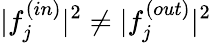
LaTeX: \lvert f_{j}^{(in)}\rvert^{2}\ne\lvert f_{j}^{(out)}\rvert^{2}